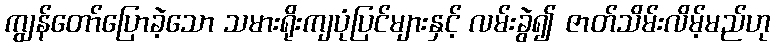
ကျွန်တော်ပြောခဲ့သော သမားရိုးကျပုံပြင်များနှင့် လမ်းခွဲ၍ ဇာတ်သိမ်းလိမ့်မည်ဟု